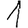
Digit: 1